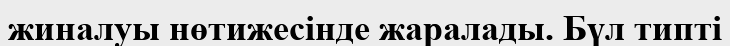
жиналуы нөтижесінде жаралады. Бүл типті